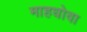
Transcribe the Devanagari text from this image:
माहधोवा